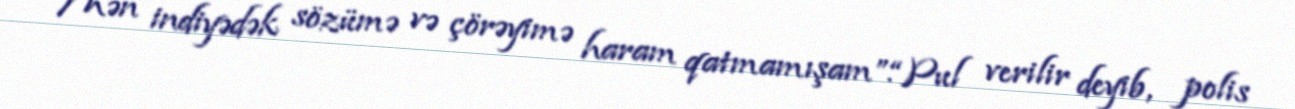
Mən indiyədək sözümə və çörəyimə haram qatmamışam”.“Pul verilir deyib, polis